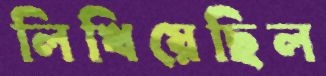
লিখিয়েছিল